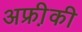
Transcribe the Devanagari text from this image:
अफ्री़की